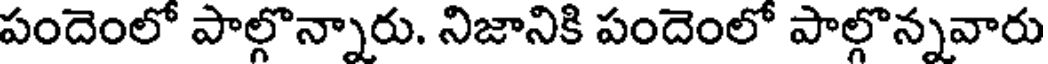
పందెంలో పాల్గొన్నారు. నిజానికి పందెంలో పాల్గొన్నవారు